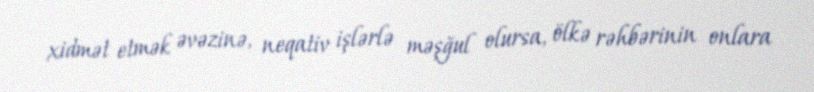
xidmət etmək əvəzinə, neqativ işlərlə məşğul olursa, ölkə rəhbərinin onlara